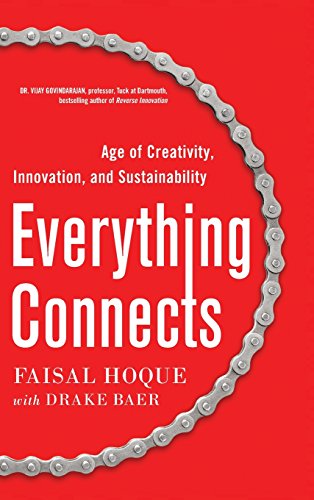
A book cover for Everything Connects: How to Transform and Lead in the Age of Creativity, Innovation, and Sustainability; Faisal Hoque; Business & Money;